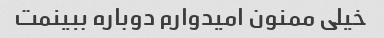
خیلی ممنون امیدوارم دوباره ببینمت